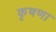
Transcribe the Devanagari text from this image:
कृषणा